画像に写った文字を読んでください
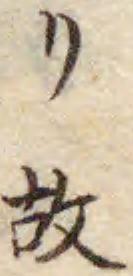
「リ故」と書いてあります